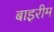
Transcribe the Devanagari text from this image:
बाइरीम